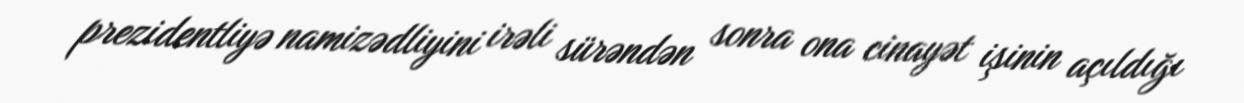
prezidentliyə namizədliyini irəli sürəndən sonra ona cinayət işinin açıldığı